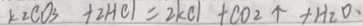
k _ { 2 } C O _ { 3 } + 2 H C l = 2 k C l + C O _ { 2 } \uparrow + H _ { 2 } O